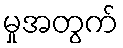
မှုအတွက်